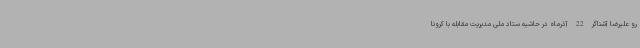
رو علیرضا آشناگر 22 آذرماه در حاشیه ستاد ملی مدیریت مقابله با کرونا